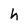
Character: h